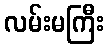
လမ်းမကြီး